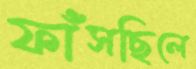
ফাঁসছিলে